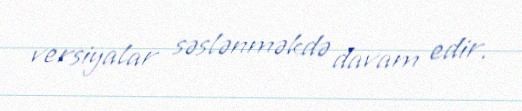
versiyalar səslənməkdə davam edir.